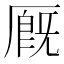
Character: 厩